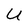
Character: U